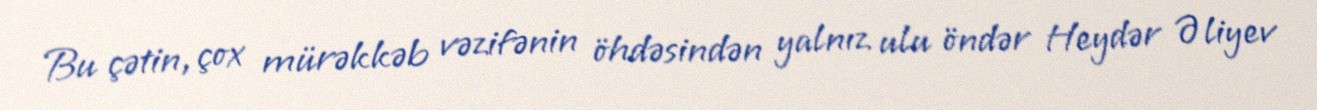
Bu çətin, çox mürəkkəb vəzifənin öhdəsindən yalnız ulu öndər Heydər Əliyev